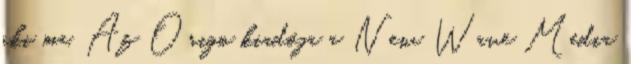
aki ma. Az Origo kiadója a New Wave Media